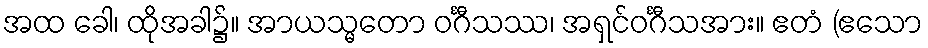
အထ ခေါ၊ ထိုအခါ၌။ အာယသ္မတော ဝင်္ဂီသဿ၊ အရှင်ဝင်္ဂီသအား။ ဧတံ (ဧသော